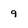
Character: 9